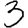
Digit: 3